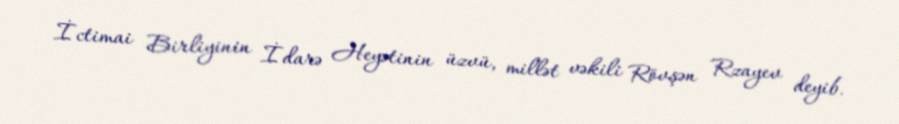
İctimai Birliyinin İdarə Heyətinin üzvü, millət vəkili Rövşən Rzayev deyib.